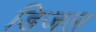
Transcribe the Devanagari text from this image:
डिजल